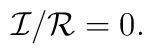
{\mathcal{I}}/{\mathcal{R}} = 0.